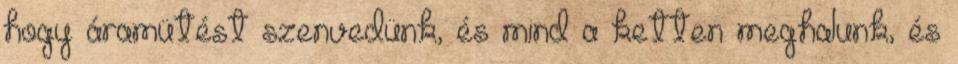
hogy áramütést szenvedünk, és mind a ketten meghalunk, és